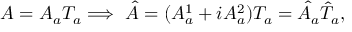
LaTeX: A = A _ { a } T _ { a } \Longrightarrow \, \, \hat { A } = ( A _ { a } ^ { 1 } + i A _ { a } ^ { 2 } ) T _ { a } = \hat { A } _ { a } \hat { T } _ { a } ,